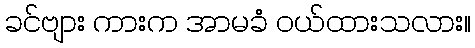
ခင်ဗျား ကားက အာမခံ ဝယ်ထားသလား။